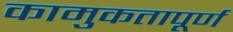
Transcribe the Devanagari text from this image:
कामुकतापूर्ण